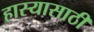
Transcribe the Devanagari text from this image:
हास्यासाठी